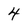
Character: 4